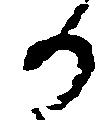
る